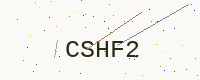
Text: CSHF2